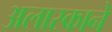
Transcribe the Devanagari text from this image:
अलास्काने